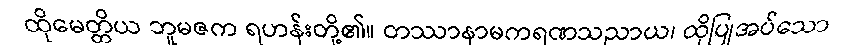
ထိုမေတ္တိယ ဘူမဇက ရဟန်းတို့၏။ တဿာနာမကရဏသညာယ၊ ထိုပြုအပ်သော